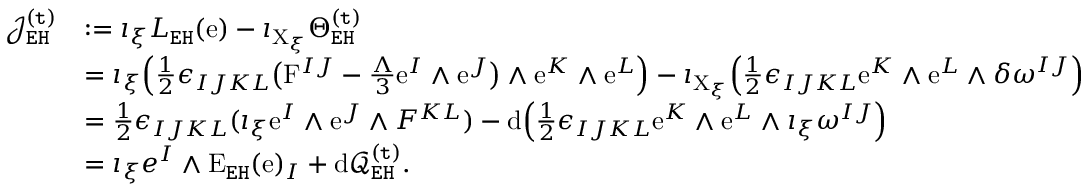
\begin{array} { r l } { \mathcal { J } _ { \mathtt { E H } } ^ { \mathtt { ( t ) } } } & { : = \imath _ { \xi } L _ { \mathtt { E H } } ( \mathrm { e } ) - \imath _ { \mathrm { X } _ { \xi } } \Theta _ { \mathtt { E H } } ^ { \mathtt { ( t ) } } } \\ & { = \imath _ { \xi } \Big ( \frac { 1 } { 2 } \epsilon _ { I J K L } \big ( \mathrm { F } ^ { I J } - \frac { \Lambda } { 3 } \mathrm { e } ^ { I } \wedge \mathrm { e } ^ { J } \big ) \wedge \mathrm { e } ^ { K } \wedge \mathrm { e } ^ { L } \Big ) - \imath _ { \mathrm { X } _ { \xi } } \Big ( \frac { 1 } { 2 } \epsilon _ { I J K L } \mathrm { e } ^ { K } \wedge \mathrm { e } ^ { L } \wedge \delta \omega ^ { I J } \Big ) } \\ & { = \frac { 1 } { 2 } \epsilon _ { I J K L } ( \imath _ { \xi } \mathrm { e } ^ { I } \wedge \mathrm { e } ^ { J } \wedge F ^ { K L } ) - \mathrm { d } \Big ( \frac { 1 } { 2 } \epsilon _ { I J K L } \mathrm { e } ^ { K } \wedge \mathrm { e } ^ { L } \wedge \imath _ { \xi } \omega ^ { I J } \Big ) } \\ & { = \imath _ { \xi } e ^ { I } \wedge \mathrm { E } _ { \mathtt { E H } } ( \mathrm { e } ) _ { I } + \mathrm { d } \mathcal { Q } _ { \mathtt { E H } } ^ { \mathtt { ( t ) } } . } \end{array}